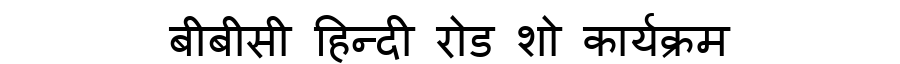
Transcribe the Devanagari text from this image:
बीबीसी हिन्दी रोड शो कार्यक्रम